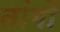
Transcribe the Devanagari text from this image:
तांगों